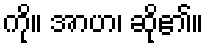
ကို။ အာဟ၊ ဆို၏။